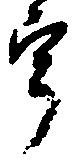
宇